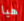
هيا